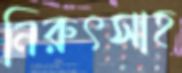
নিরুৎসাহ